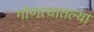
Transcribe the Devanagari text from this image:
गोणत्यातल्या